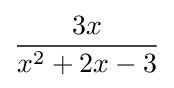
{\frac {3x}{x^{2}+2x-3}}